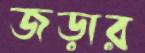
জড়ার